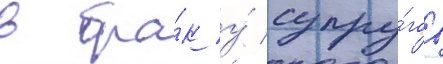
в бра́к у́ супру́гов